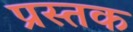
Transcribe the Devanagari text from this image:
प्रस्तक